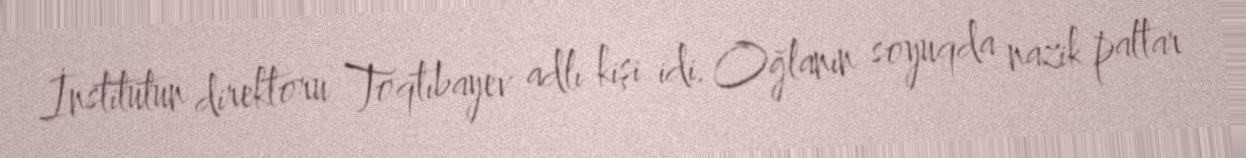
İnstitutun direktoru Toqtıbayev adlı kişi idi. Oğlanın soyuqda nazik paltar